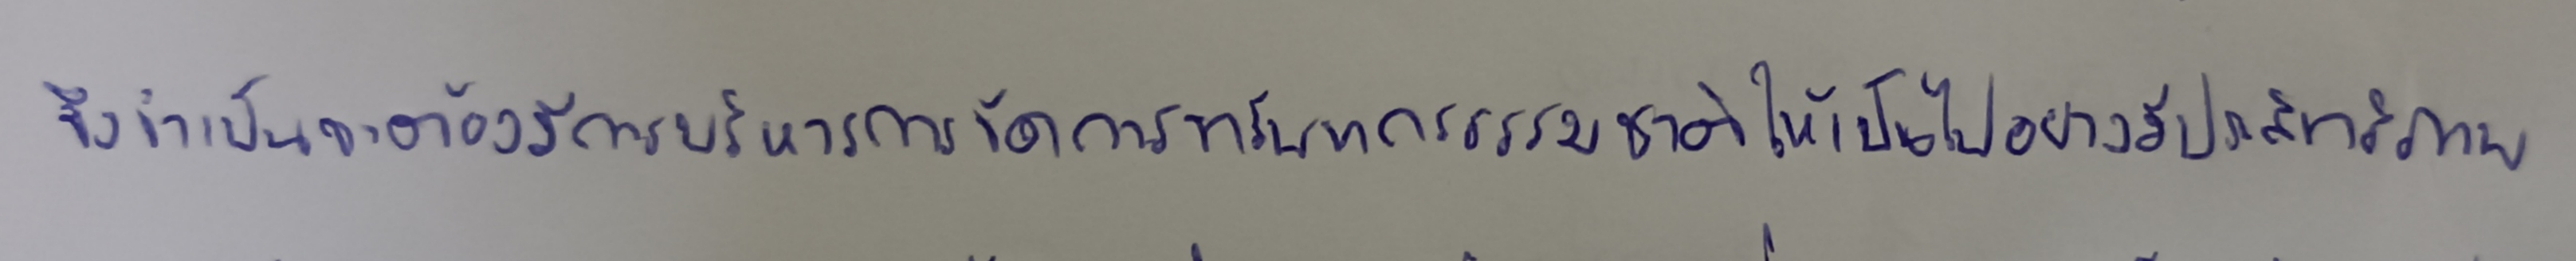
จึงจำเป็นจะต้องมีการบริหารการจัดการทรัพยากรธรรมชาติให้เป็นไปอย่างมีประสิทธิภาพ